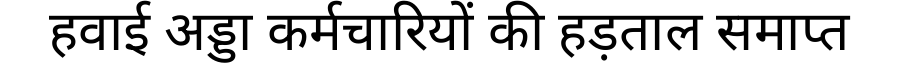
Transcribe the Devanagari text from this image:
हवाई अड्डा कर्मचारियों की हड़ताल समाप्त